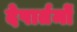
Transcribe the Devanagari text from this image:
देपार्तमों